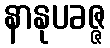
နာနုပခဇ္ဇ